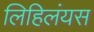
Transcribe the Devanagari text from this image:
लिहिलंयस